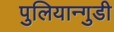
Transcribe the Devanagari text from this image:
पुलियान्गुडी